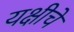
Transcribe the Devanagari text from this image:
यक्षीचे